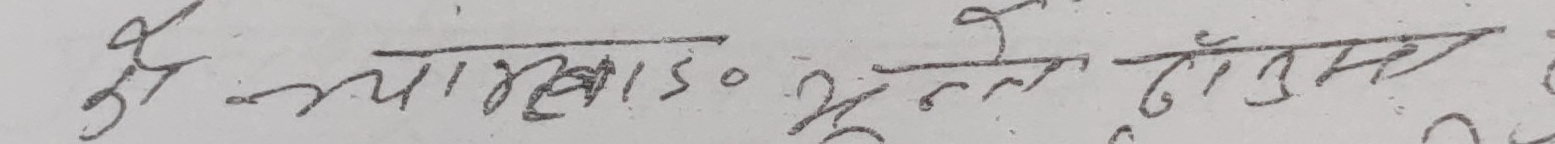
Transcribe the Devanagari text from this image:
के न्यारबाड० भूम्ले ढोग्छ